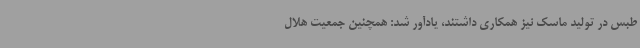
طبس در تولید ماسک نیز همکاری داشتند، یادآور شد: همچنین جمعیت هلال